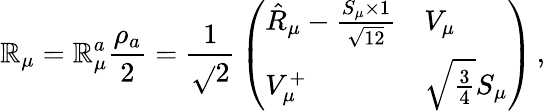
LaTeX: \mathbb{R}_{\mu}=\mathbb{R}_{\mu}^{a}{\frac{{\rho_{a}}}{{2}}}={\frac{{1}}{{\sqrt{}{{2}}}}}\left(\begin{array}{ll}{{\hat{R}_{\mu}-{\frac{S_{\mu}\times 1}{\sqrt{12}}}}}&{{V_{\mu}}}\\ {{V_{\mu}^{+}}}&{{\sqrt{\frac{3}{4}}S_{\mu}}}\end{array}\right)\, ,